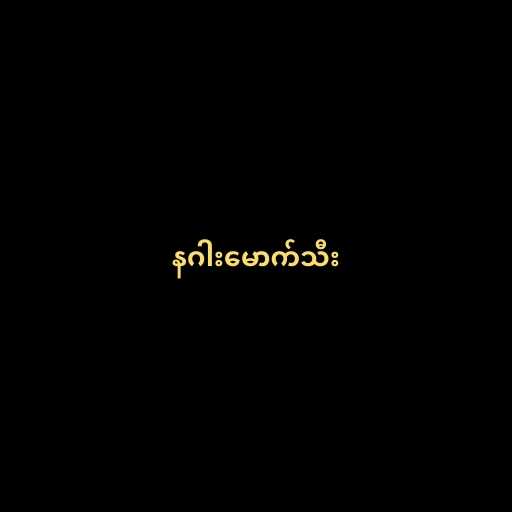
နဂါးမောက်သီး